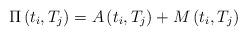
LaTeX: \begin{align*}\Pi\left(t_{i},T_{j}\right)=A\left(t_{i},T_{j}\right)+M\left(t_{i},T_{j}\right)\end{align*}